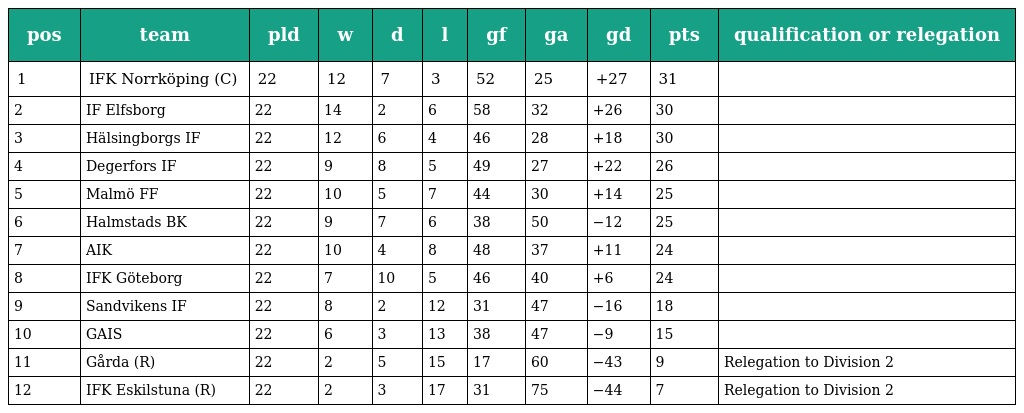
| pos | team | pld | w | d | l | gf | ga | gd | pts | qualification or relegation |
 | --- | --- | --- | --- | --- | --- | --- | --- | --- | --- | --- |
 | 1 | IFK Norrköping (C) | 22 | 12 | 7 | 3 | 52 | 25 | +27 | 31 |  |
 | 2 | IF Elfsborg | 22 | 14 | 2 | 6 | 58 | 32 | +26 | 30 |  |
 | 3 | Hälsingborgs IF | 22 | 12 | 6 | 4 | 46 | 28 | +18 | 30 |  |
 | 4 | Degerfors IF | 22 | 9 | 8 | 5 | 49 | 27 | +22 | 26 |  |
 | 5 | Malmö FF | 22 | 10 | 5 | 7 | 44 | 30 | +14 | 25 |  |
 | 6 | Halmstads BK | 22 | 9 | 7 | 6 | 38 | 50 | −12 | 25 |  |
 | 7 | AIK | 22 | 10 | 4 | 8 | 48 | 37 | +11 | 24 |  |
 | 8 | IFK Göteborg | 22 | 7 | 10 | 5 | 46 | 40 | +6 | 24 |  |
 | 9 | Sandvikens IF | 22 | 8 | 2 | 12 | 31 | 47 | −16 | 18 |  |
 | 10 | GAIS | 22 | 6 | 3 | 13 | 38 | 47 | −9 | 15 |  |
 | 11 | Gårda (R) | 22 | 2 | 5 | 15 | 17 | 60 | −43 | 9 | Relegation to Division 2 |
 | 12 | IFK Eskilstuna (R) | 22 | 2 | 3 | 17 | 31 | 75 | −44 | 7 | Relegation to Division 2 |